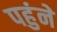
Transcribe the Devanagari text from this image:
पहुंने